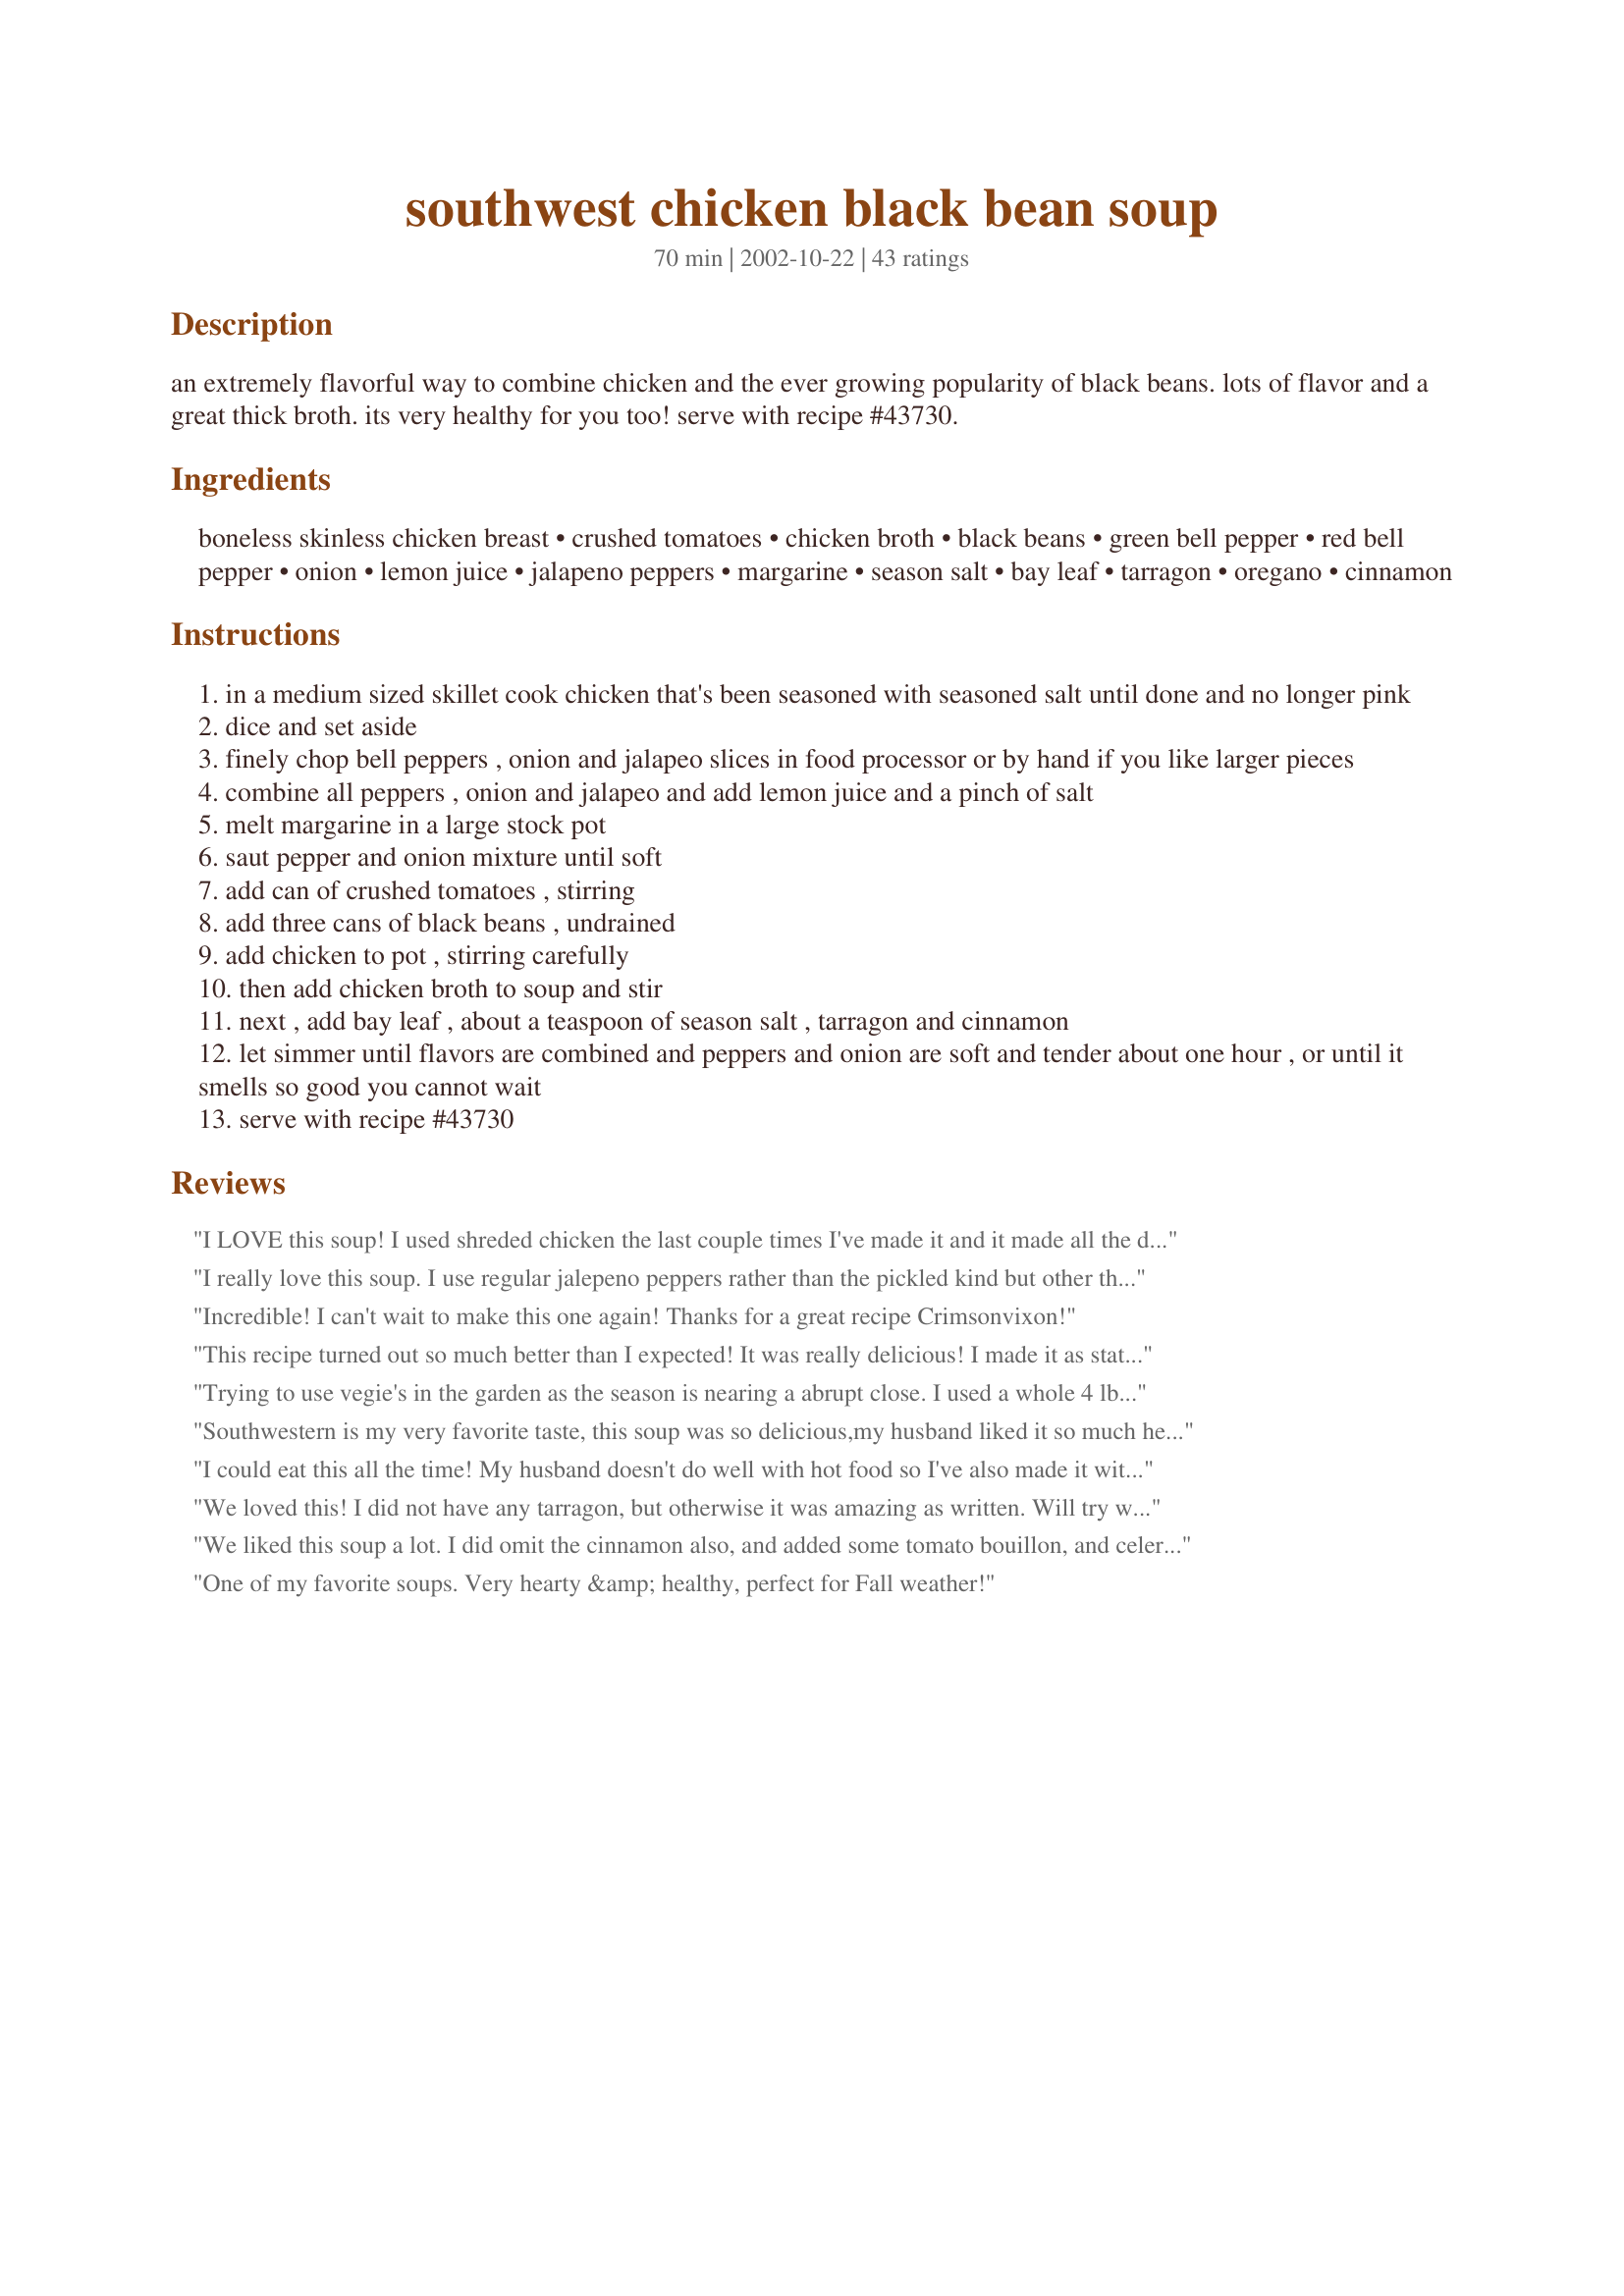
southwest chicken black bean soup
Preparation time: 70 minutes

an extremely flavorful way to combine chicken and the ever growing popularity of black beans. lots of flavor and a great thick broth. its very healthy for you too! serve with recipe #43730.

Ingredients:
boneless skinless chicken breast, crushed tomatoes, chicken broth, black beans, green bell pepper, red bell pepper, onion, lemon juice, jalapeno peppers, margarine, season salt, bay leaf, tarragon, oregano, cinnamon

Steps:
in a medium sized skillet cook chicken that's been seasoned with seasoned salt until done and no longer pink
dice and set aside
finely chop bell peppers , onion and jalapeo slices in food processor or by hand if you like larger pieces
combine all peppers , onion and jalapeo and add lemon juice and a pinch of salt
melt margarine in a large stock pot
saut pepper and onion mixture until soft
add can of crushed tomatoes , stirring
add three cans of black beans , undrained
add chicken to pot , stirring carefully
then add chicken broth to soup and stir
next , add bay leaf , about a teaspoon of season salt , tarragon and cinnamon
let simmer until flavors are combined and peppers and onion are soft and tender about one hour , or until it smells so good you cannot wait
serve with recipe #43730

Reviews:
I LOVE this soup! I used shreded chicken the last couple times I've made it and it made all the difference. Also used fresh limes instead of lemon juice. and red, yellow, orange peppers. Cinnamon is a must.
I really love this soup. I use regular jalepeno peppers rather than the pickled kind but other than that I use the recipe exactly and often make it for lunches. I've also made it without the cheicken and substitued veggie broth for the chicken broth for a vegatarian friend and that tasted excellent as well. Thanks!
Incredible! I can't wait to make this one again! Thanks for a great recipe Crimsonvixon!
This recipe turned out so much better than I expected! It was really delicious! I made it as stated except used lime juice instead of lemon. Next time I think I'll do as another reviewer suggested and shred the chicken instead of slice it... purely for aesthetic reasons though. I'll definitely make this again, thanks!
Trying to use vegie's in the garden as the season is nearing a abrupt close. I used a whole 4 lb chicken fryer to get the fresh broth taste instead of canned. I did this in a crock pot,(seasoned with salt and pepper and a couple other spices) it keeps the flavor better than par boiling in a pot on the stove! I removed the whole chicken from the crock and put the broth that was in the crock in a seperate container then into the frig overnight to seperate the fat from the broth. Then I removed all the skin and bones. Then cut up in bite sized pieces and added it back into the crock pot.
 I also used butter instead of margarine for browing and added fresh jalapeno's instead of pickeled! Doubled the ingredients because of the of the size of the chicken. Added everything back into the crock for 4-6 hours until vegie's were done! Very tasty! Excellent.......
Southwestern is my very favorite taste, this soup was so delicious,my husband liked it so much he ate 3 bowls.I loved it too.
Thanks,Darlene
I could eat this all the time! My husband doesn't do well with hot food so I've also made it with no jalepeno and it is still great!
We loved this! I did not have any tarragon, but otherwise it was amazing as written. Will try with tarragon next time. We didn&#039;t try crunchy strips, but maybe next time. Definitely a keeper!
We liked this soup a lot. I did omit the cinnamon also, and added some tomato bouillon, and celery. Dh suggested some diced potato would be a nice addition. It's definitely going into my soup recipe file.
One of my favorite soups. Very hearty &amp; healthy, perfect for Fall weather!
This was very good. I didn't have any crushed tomatoes so I substituted a can of Rotel. 
Definitely a "redo"
Good recipe .. I added a couple of garlic cloves, otherwise made exactly as stated .. next time I will try reducing the amount of tomatoes .. thanks
This is the best soup ever! I could not stop eating it. I had some whole grain flour tortillas that we decided were too dry to use for tacos, so I brushed them with olive oil, sprinkled them with garlic salt, cut them up and baked them, then we put them in the soup or used them as dippers. Sooo good!
I came across this recipe trying to find a way to use up some leftover cooked chicken, and it was wonderful! I used fajita seasoning in place of the season salt and substituted double tomatoes for the bell peppers because I didn't have any in the house. Very tasty.
Excellent basis for a tasty and hearty soup. I am not rating as I don't feel it's fair as I had to modify the recipe to use what I had in the house. Did not add chicken, tarragon or cinnamon. Instead of crushed tomatoes, I used a can of diced tomatoes with oregano and garlic. I also used creole seasoning as we like a little heat. The pickled jalapeno's add a great flavor--would never have thought of using them in a soup until I saw this recipe! Thanks, Jamie!
This soup had a wonderful combination of flavors and could be made with or without the chicken. I served this soup along with rice as I like the combination of these two textures together. I did not add the rotele as one reviewer did; however, I may add it next time along with the cilantro.
Such a warming, aromatic soup. The cinnamon with the jalapenos is a unique taste that we really enjoyed. I made as directed except I forgot to add the lemon juice -- we didn't miss it, though -- and I added about 5 extra slices of jalapeno minus the seeds. Oh, and I don't have seasoning salt but I dusted the chicken in a little bit of Tony Chachere's before cooking it. I think next time I will cut my chicken a bit smaller. I actually served this with a side of sweet potato "fries" (actually baked). Both were gobbled up!
I read the reviews and had my hopes up. I didn't change anything about the recipe and sadly it let me down. I tried it again the next day thinking the longer it sat the better everything would blend. The next day it was unfortunately just as bad as it was at first. It was easy to make but nothing seemed to go together. The tomatoes, beans and chicken just did not mix. It sounded good but the reality just didn't meet my expectations.
Definately a keeper. My family loved it. I especially liked the thick broth. I thought the crushed tomatoes were going to give it too strong of a tomato taste but the amount stated in the recipe is perfect. We will be having this at least once a month. Thanks a bunch.
Easy to make and fast. I used cajun flavored seasoning salt and it gave the chicken a little bite but still not too spicy.
This soup is spicy and delicious! I didn't change anything except to add two cans of diced tomatoes (I just like lots of them!) instead of one. For the seasoning salt I used Tony Chachere's Creole seasoning - yum - this kicked up the heat a bit - perfect! My only complaint is that the recipe didn't make enough - will probably double next time. And I haven't tried it with the "Crunchy Strips" yet - I will really be hooked on it then!!
Thanks, CV7!!
I made this recipe for a "southwestern dinner party" and it was a big success. Following a couple of tips from other comments, I used fresh jalapeno, minced. I also omitted the chicken since my course was "soup / salad" and I didn't want to fill up my guests. Big hit! I did use fresh tarragon (doubled the amount) and a little more cinnamon. Excellent!!
This was very good. Because of preference, I drained and rinsed the beans. Even though I&#039;m not a fan of tarragon I added it. I would leave it out next time. It did not detract from the soup, but think I would prefer it without it.
I love this soup. I'm making it right now, for the umpteenth time. I usually freeze it and then take it to the office for lunch. My co-workers are always asking about it. I'm getting hungry just writing about it.
The whole family loved it! Even the kids! Update 10/2010: I have made this recipe many times over the last few years and it is a hit every time! If I think about it in advance, I make the chicken in the crocpot while I'm making dinner the day before and shred it. It decreases the time it takes me to assemble the rest of the recipe. Then follow the recipe as is and stir the chicken in after all the ingredients are assembled and let it cook.
I liked this soup a lot, but I have made similar soups that were not only easier, but tasted better.
This is delicious. "Flavorful" is an understatement, however. It has a definite kick to it, which I love. I served it with a dollup of sour cream.

I'll definitely be making this again.
This soup is absolutely delicious, the flavors blend very well together. Being on the south beach diet this has been my favorite recipe so far the only things I did differently we're to add one can of northern beans as I only had one can of black, and omitted the cinnamon and used chili powder instead. DELICIOUS!!!
This is wonderful, I did take the suggestion of omiting the cinnamon, I added celery and a can a green chilis instead of jalapenos and used 2 cans diced tomatoes and 2 cans black beans rinsed and replaced the liquid with chicken broth. This was awesome. Thank you!!! *also* I threw this in the crockpot to cook on low for 6 hours.. delish..
Fabulous!! I made this for Football Sunday and it was amazing. I used dried black beans that I soaked rather than canned. I cannot wait to see what it tastes like after it's sat overnight.
This soup is excellent! I doubled the recipe and used only two cups of low sodium chicken broth to turn it into a stew. And I think that the cinnamon really made this recipe. I probably added about two teaspoons of each of the spices suggested (a pinch didn't seem to be nearly enough) and I used canned green chiles instead of the pickled jalapenos. To make it healthier I used olive oil instead of margarine and I drained and rinsed the beans to bring down the sodium. I did add lemon pepper instead of season salt to help with the flavor and the chiles gave it some nice heat. I'll be freezing a lot of this and we'll be enjoying the leftovers. Thanks a lot Jamie!
This was excellent soup. Thought you might like to know I made this as the soup du jour in the restaurant today to rave reviews. I made a couple of minor changes: fresh jalapenos instead of pickled, blackening seasoning on the chicken and I also cut up a couple of corn tortillas and added them. Very Good. I will definitely make again.
What a great recipe! I've had black bean soup in restaurants and loved it, so when I saw this recipe I had to try it. It's even better! I used Tony Chachere's Creole Seasoning and I topped each bowl with shredded Monterey Jack cheese and a couple of jalapenos. Delicious, especially on a cold winter day.
This soup was INCREDIBLE! I made it with leftover crockpot chicken, but followed the recipe otherwise. My husband is not a big soup eater, but he raved about this one. Definitely a keeper!
DH said - save the recipe...which doesn't happen too often. We both really enjoyed this one... I did doctor it up a bit by adding cayenne pepper, adobo seasoning, chipolte pepper seasoning and chili powder - and omitting the cinnamon. Really good and the leftovers seem even a bit better!!!
This was the BEST soup I've ever made! It was so hearty and delicious. It was loved by all who ate it. I added some cilantro at the end, which really added a lot of flavor. RUN out and buy the ingredients for this one! 
 Also you MUST make the "crunchy strips" to go with it. Those will be a common thing around my house now, even if Im not making this soup. Yet I don't see how I'll have one and not want the other!

Real comfort food and so healthy! The crunchy strips are essential (store bought tortilla chips aren't the same). I usually top with guacamole. I also used the recipe to make a gift "basket" for a shower. Bought a pot, stocked it with the recipe and the canned goods and spices. Real hit!
I have used chicken and turkey with this and both worked. I cut down on the peppers and onions for personal preference and use a little can of diced jalapenos. This soup is hot but it is also amazing! We love it. I have also had success freezing it. I actually have some in the freezer now!
I have to agree that this recipe was excellent, definitely a keeper for us. Perfect for these chilly fall nights! I did not have seasoning salt, so I used blackening seasoning on the chicken instead. Yummy! I served it with your tortilla chips recipe as recommended, delicious combination. Thank you!
Delicious Jamie! I used fresh jalapeno's because we always have them on hand - we love them - omitted the margarine just because we're watching fat intake - just sauteed the veggies in a little chicken broth - served it up and added a teaspoon of fat free sour cream on top along with a few thinly sliced green onions - just excellent - I love soup and this is a fantastic way to get more fiber in the diet - my husband loved it too - thank you for sharing!
This was an exceptionally good soup. I just recently embraced black beans, and this was so good, I've made it 3 times already! Tastes great with a dollop of MarraMamba's Lime Crema for Chili, Tqcos, Fajitas and More. And do take the time to make the Crunchy Strips, you won't be disappointed. Thnx Jamie Renee for posting.
I made just as the recipe directed, with a couple of minor changes. I used all red bell pepper and for the onion used a combination of yellow and red. I also used canned greened chilis instead of jalopenos and I added a little chili powder. This was delicious!! There are so many possibilities with this recipe. I may try some canned corn, cumin and dried cilantro next time, but the recipe was worthy of five stars without any of these changes in my opinion. Can't wait to make again!
This was really good. I was a bit skeptical of the cinnamon, but it really added flavour to the soup. I used fresh jalepenos instead of pickled ones & I didn't add the tarragon as I didn't have any. My boyfriend liked this soup, so it will definitely be made again. Thanks!
